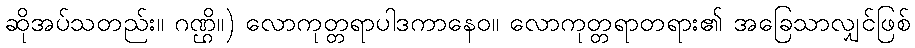
ဆိုအပ်သတည်း။ ဂဏ္ဌိ။) လောကုတ္တရာပါဒကာနေဝ။ လောကုတ္တရာတရား၏ အခြေသာလျှင်ဖြစ်